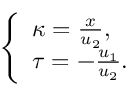
\left\{ \begin{array} { l l } { \kappa = \frac { x } { u _ { 2 } } , } \\ { \tau = - \frac { u _ { 1 } } { u _ { 2 } } . } \end{array} \right.